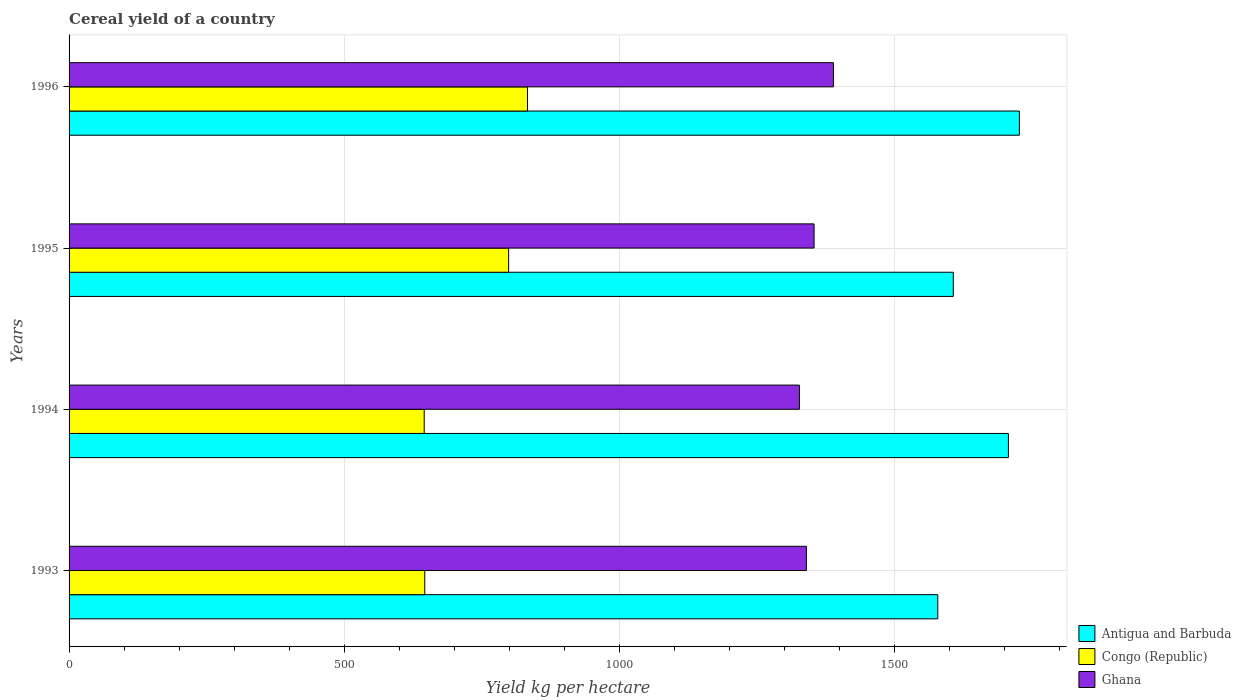
| Years | Antigua and Barbuda | Congo (Republic) | Ghana |
 | --- | --- | --- | --- |
 | 1993 | 1.58e+03 | 646 | 1.34e+03 |
 | 1994 | 1.71e+03 | 645 | 1.33e+03 |
 | 1995 | 1.61e+03 | 799 | 1.35e+03 |
 | 1996 | 1.73e+03 | 833 | 1.39e+03 |